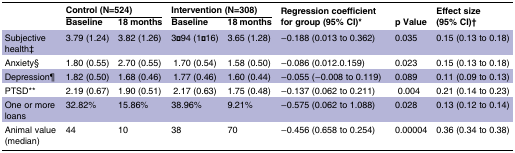
<table><thead><tr><td></td><td colspan="2"><b>Control (N=524)</b></td><td colspan="2"><b>Intervention (N=308)</b></td><td rowspan="2"><b>Regression coefficient for group (95% CI)*</b></td><td rowspan="2"><b>p Value</b></td><td rowspan="2"><b>Effect size (95% CI)†</b></td></tr><tr><td></td><td><b>Baseline</b></td><td><b>18 months</b></td><td><b>Baseline</b></td><td><b>18 months</b></td></tr></thead><tbody><tr><td>Subjective health‡</td><td>3.79 (1.24)</td><td>3.82 (1.26)</td><td>3·94 (1·16)</td><td>3.65 (1.28)</td><td>−0.188 (0.013 to 0.362)</td><td>0.035</td><td>0.15 (0.13 to 0.18)</td></tr><tr><td>Anxiety§</td><td>1.80 (0.55)</td><td>2.70 (0.55)</td><td>1.70 (0.54)</td><td>1.58 (0.50)</td><td>−0.086 (0.012.0.159)</td><td>0.023</td><td>0.15 (0.13 to 0.18)</td></tr><tr><td>Depression¶</td><td>1.82 (0.50)</td><td>1.68 (0.46)</td><td>1.77 (0.46)</td><td>1.60 (0.44)</td><td>−0.055 (−0.008 to 0.119)</td><td>0.089</td><td>0.11 (0.09 to 0.13)</td></tr><tr><td>PTSD**</td><td>2.19 (0.67)</td><td>1.90 (0.51)</td><td>2.17 (0.63)</td><td>1.75 (0.48)</td><td>−0.137 (0.062 to 0.211)</td><td> 0.004</td><td>0.21 (0.14 to 0.23)</td></tr><tr><td>One or more loans</td><td>32.82%</td><td>15.86%</td><td>38.96%</td><td>9.21%</td><td>−0.575 (0.062 to 1.088)</td><td>0.028</td><td>0.13 (0.12 to 0.14)</td></tr><tr><td>Animal value (median)</td><td>44</td><td>10</td><td>38</td><td>70</td><td>−0.456 (0.658 to 0.254)</td><td>0.00004</td><td>0.36 (0.34 to 0.38)</td></tr></tbody></table>